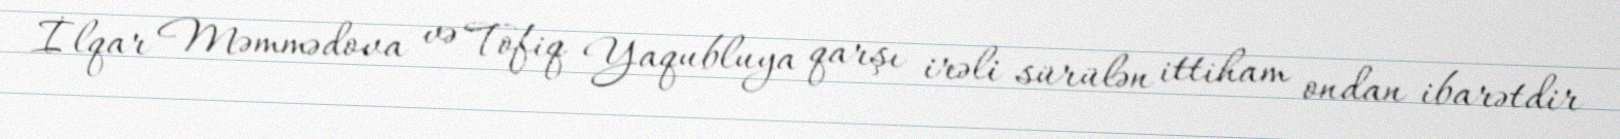
İlqar Məmmədova və Tofiq Yaqubluya qarşı irəli sürülən ittiham ondan ibarətdir